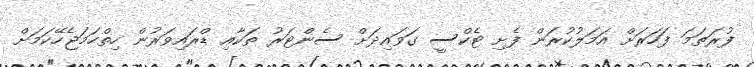
ފުރަތަމަ ފަހަރަށް އަމަލުކުރަން ފެށި ޓެކްސީ ގަވައިދަށް ސެންޓަރު ތަކާއި ޑްރައިވަރުން ހިތްހަމަޖެހޭކަމަށް